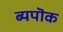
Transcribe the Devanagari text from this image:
ब्यपॊक